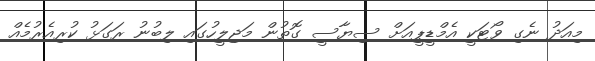
މިއަދު ނެގި ވޯޓަކީ އެމްޑީޕީއަށް ސިޔާސީ ގޮތުން މަޖިލީހުގައި ލިބުނު ރަގަޅު ކުރިއެރުމެއް